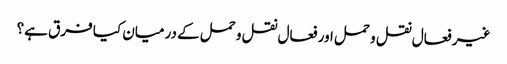
غیر فعال نقل و حمل اور فعال نقل و حمل کے درمیان کیا فرق ہے؟